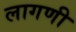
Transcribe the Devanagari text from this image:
लागणी